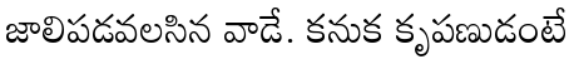
జాలిపడవలసిన వాడే. కనుక కృపణుడంటే